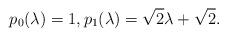
LaTeX: \begin{align*}p_0(\lambda) = 1,p_1(\lambda) = \sqrt{2}\lambda + \sqrt{2}.\end{align*}